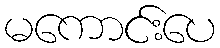
မကောင်းပေ